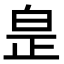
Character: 𤽢